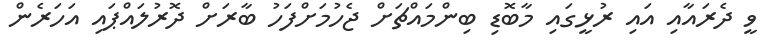
ވީ ދެރައާއި އައި ރުޅީގައި މާބޮޑި ބިންމައްޗަށް ޖެހުމަށްފަހު ބާރަށް ދޮރުލައްޕައި އަހަރެން